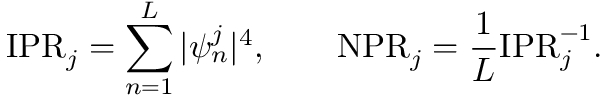
\mathrm { I P R } _ { j } = \sum _ { n = 1 } ^ { L } | \psi _ { n } ^ { j } | ^ { 4 } , \qquad \mathrm { N P R } _ { j } = \frac { 1 } { L } \mathrm { I P R } _ { j } ^ { - 1 } .